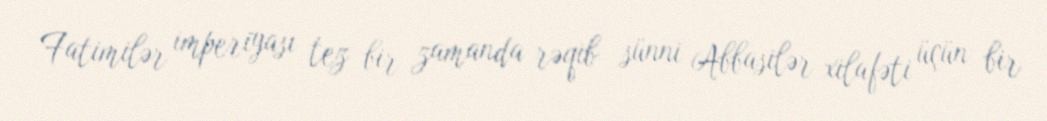
Fatimilər imperiyası tez bir zamanda rəqib sünni Abbasilər xilafəti üçün bir